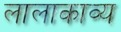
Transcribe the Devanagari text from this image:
लालाकाव्य